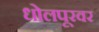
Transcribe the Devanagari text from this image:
धोलपूरवर